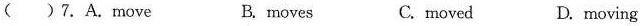
( )7.A.move B. moves C.moved D. moving